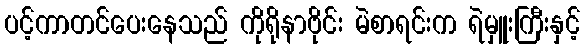
ပင့်ကာတင်ပေးနေသည် ကိုရိုနာဗိုင်း မဲစာရင်းက ရဲမှူးကြီးနှင့်